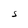
Character: S